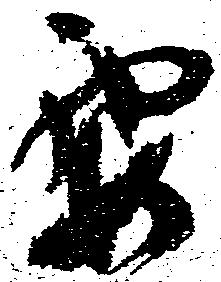
要